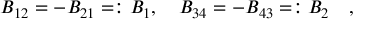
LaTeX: B _ { 1 2 } = - B _ { 2 1 } = : B _ { 1 } , \quad B _ { 3 4 } = - B _ { 4 3 } = : B _ { 2 } \quad ,